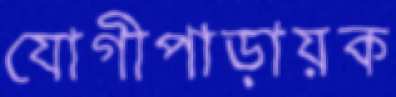
যোগীপাড়ায়ক